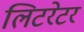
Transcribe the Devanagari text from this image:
लिटरेटर